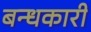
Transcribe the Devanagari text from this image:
बन्धकारी